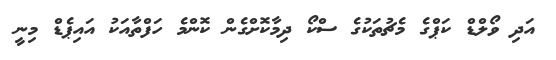
އަދި ވޯލްޑް ކަޕްގެ މެޗުތަކުގެ ސްކޯ ދިމާކޮށްގެން ކޮންމެ ހަފްތާއަކު އައިޕެޑް މިނީ